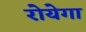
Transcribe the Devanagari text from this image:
रोयेगा